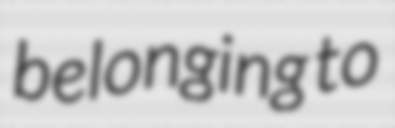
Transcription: belonging to